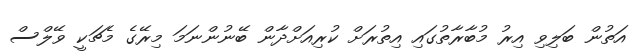
އަތުން ބަލިވި އިރު މުބާރާތުގައި އިތުރަށް ކުރިއަށްދާން ބޭނުންނަމަ މިރޭގެ މެޗަކީ ވޭލްސް